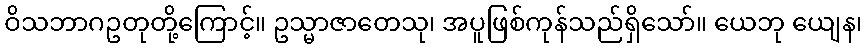
ဝိသဘာဂဥတုတို့ကြောင့်။ ဥသ္မာဇာတေသု၊ အပူဖြစ်ကုန်သည်ရှိသော်။ ယေဘု ယျေန၊